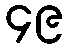
၄၉